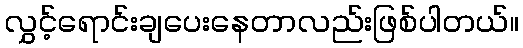
လွှင့်ရောင်းချပေးနေတာလည်းဖြစ်ပါတယ်။